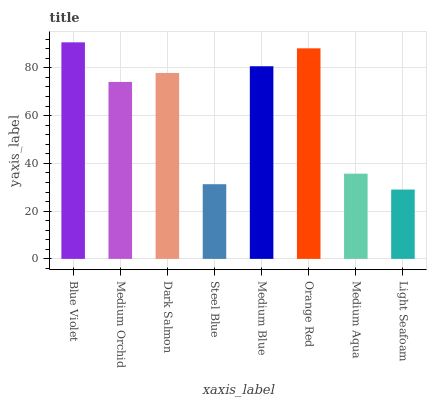
| xaxis_label | bars |
 | --- | --- |
 | Blue Violet | 90.7 |
 | Medium Orchid | 74.1 |
 | Dark Salmon | 77.8 |
 | Steel Blue | 31.3 |
 | Medium Blue | 80.6 |
 | Orange Red | 88.2 |
 | Medium Aqua | 35.7 |
 | Light Seafoam | 29 |